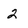
Character: 2